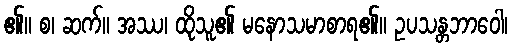
၏။ စ၊ ဆက်။ အဿ၊ ထိုသူ၏ မနောသမာစာရ၏။ ဥပသန္တဘာဝေါ၊